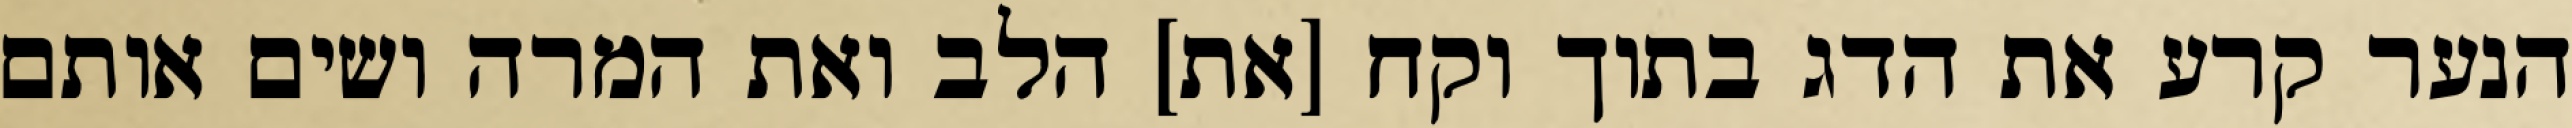
הנער קרע את הדג בתוך וקח [את] הלב ואת המרה ושים אותם